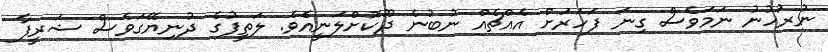
ނުރުހުނު ނަމަވެސް ގިނަ ފަހަރަށް އެއްޗެއް ނުބުނެ ދޫކޮށްލަނީއެވެ. ލަތީފުގެ ދުނިޔޭގަވެސް ޝަރީފާ